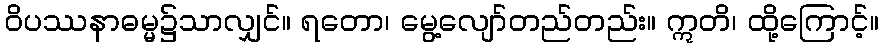
ဝိပဿနာဓမ္မ၌သာလျှင်။ ရတော၊ မွေ့လျော်တည်တည်း။ ဣတိ၊ ထို့ကြောင့်။